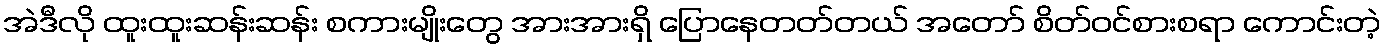
အဲဒီလို ထူးထူးဆန်းဆန်း စကားမျိုးတွေ အားအားရှိ ပြောနေတတ်တယ် အတော် စိတ်ဝင်စားစရာ ကောင်းတဲ့